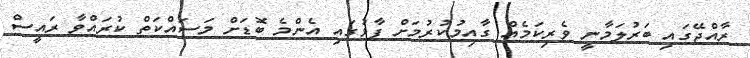
ރާއްޖޭގައި ބަރުލަމާނީ ވެރިކަމެއް ގާއިމުކުރުމަށް ފާޅުގައި އެންމެ ބޮޑަށް މަސައްކަތް ކުރައްވާ ރައީސް